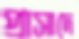
প্রাসাদে